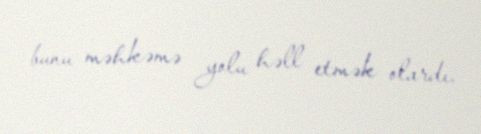
bunu məhkəmə yolu həll etmək olardı.